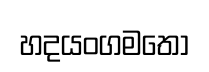
හදයංගමතෝ